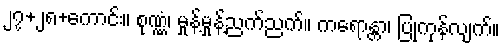
၂၇+၂၈+ကောင်း။ စုဏ္ဏံ၊ မှုန့်မှုန့်ညက်ညက်။ ကရောန္တာ၊ ပြုကုန်လျက်။